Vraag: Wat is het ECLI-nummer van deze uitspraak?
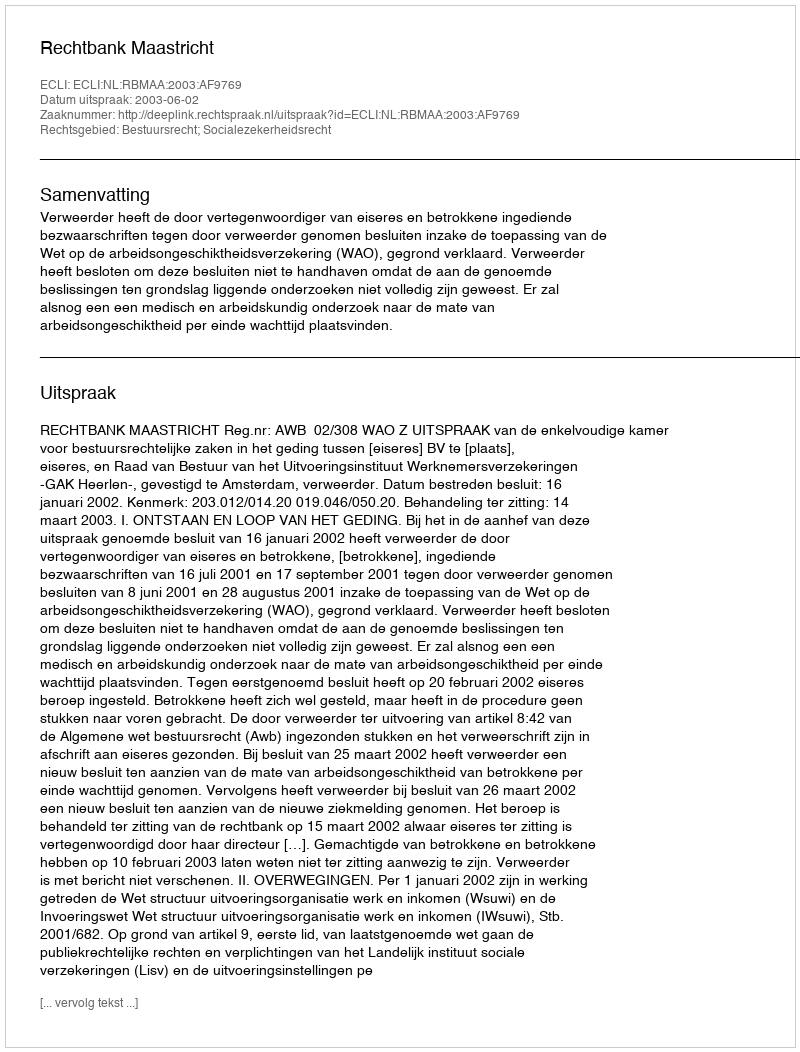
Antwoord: ECLI:NL:RBMAA:2003:AF9769